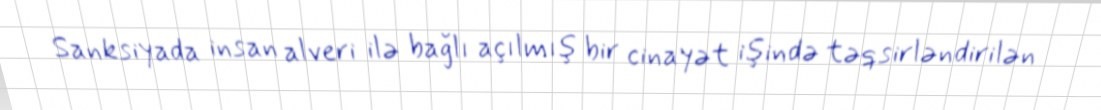
Sanksiyada insan alveri ilə bağlı açılmış bir cinayət işində təqsirləndirilən